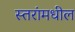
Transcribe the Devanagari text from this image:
स्तरांमधील